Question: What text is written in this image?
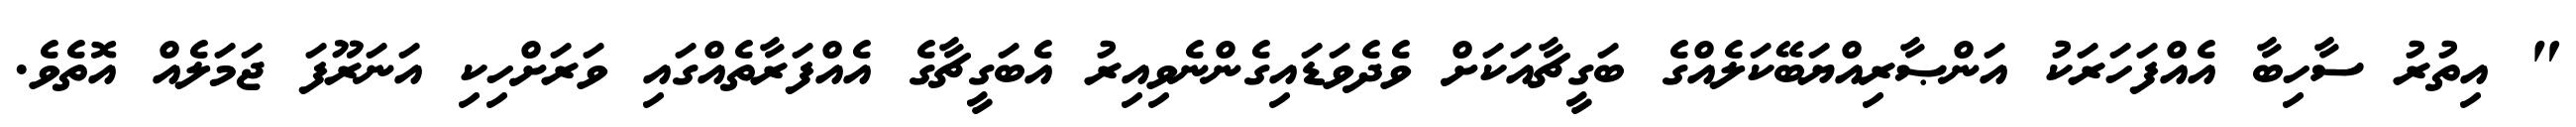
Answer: " އިތުރު ސާހިބާ އެއްފަހަރަކު އަންޞާރިއްޔަބޭކަލެއްގެ ބަގީޗާއަކަށް ވެދެވަޑައިގެންނެވިއިރު އެބަގީޗާގެ އެއްފަރާތެއްގައި ވަރަށްހިކި އަނަރޫފަ ޖަމަލެއް އޮތެވެ.